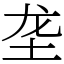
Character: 垄